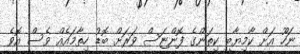
ނަހޫ އަށް ކާމިޔާބީ ކިތަންގެ ފޮންޏަސް ވަރަށް ބޮޑު ހިތާމައެއް ވެސް އޮވެ